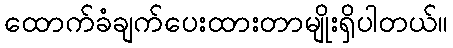
ထောက်ခံချက်ပေးထားတာမျိုးရှိပါတယ်။